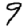
Digit: 9